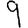
Digit: 9